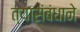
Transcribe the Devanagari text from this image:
त्यासंबंधाने